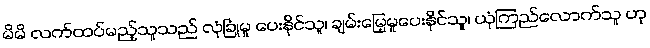
မိမိ လက်ထပ်မည့်သူသည် လုံခြုံမှု ပေးနိုင်သူ၊ ချမ်းမြေ့မှုပေးနိုင်သူ၊ ယုံကြည်လောက်သူ ဟု